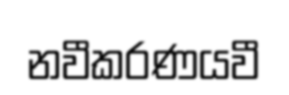
නවීකරණයවී